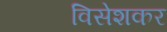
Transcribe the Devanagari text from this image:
विसेशकर